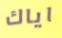
اياك